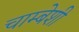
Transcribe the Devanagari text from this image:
चाम्बेशी